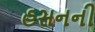
હસનની